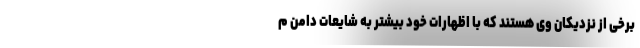
برخی از نزدیکان وی هستند که با اظهارات خود بیشتر به شایعات دامن م